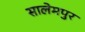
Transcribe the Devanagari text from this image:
सालेमपुर